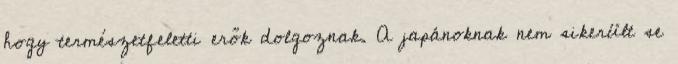
hogy természetfeletti erők dolgoznak. A japánoknak nem sikerült se